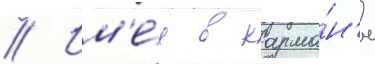
// Им'е́я в карма́н'е